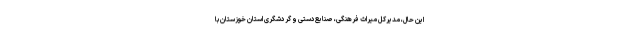
این حال، مدیرکل میراث فرهنگی، صنایع‌دستی و گردشگری استان خوزستان با